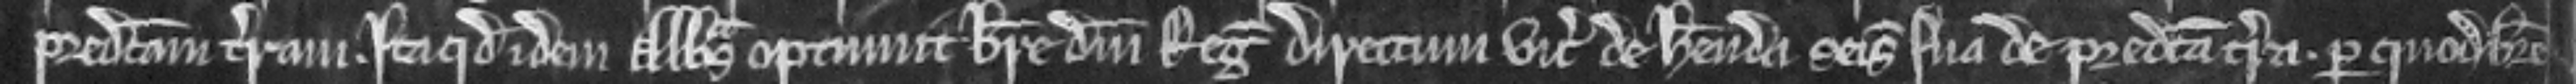
predictam terram. Ita quod idem Abbas optinuit breve domini Regis directum vicecomiti de habenda seisina sua de predicta terra. per quod breve